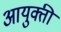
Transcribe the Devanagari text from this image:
आयुक्ती